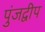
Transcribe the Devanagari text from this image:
पुंजद्वीप